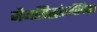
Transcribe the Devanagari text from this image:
जैनसिद्धांतदीपिका